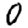
Digit: 0